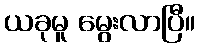
ယခုမူ မွေးလာပြီ။